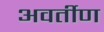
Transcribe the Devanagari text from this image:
अवर्तीण